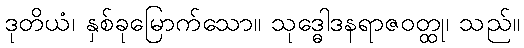
ဒုတိယံ၊ နှစ်ခုမြောက်သော။ သုဒ္ဓေါဒနရာဇဝတ္ထု၊ သည်။